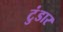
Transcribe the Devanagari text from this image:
टुंडार